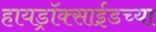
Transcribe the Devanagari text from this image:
हायड्राॅक्साईडच्या